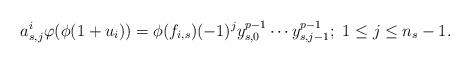
LaTeX: \begin{align*}a_{s,j}^i\varphi(\phi(1+u_i))=\phi(f_{i,s})(-1)^{j}y_{s,0}^{p-1}\cdots y_{s,j-1}^{p-1};~1\leq j\leq n_s-1.\end{align*}